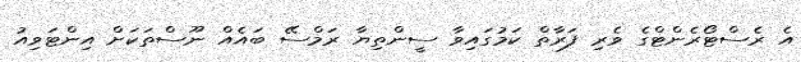
އެ ރެސްޓޯރެންޓްގެ ވެރި ފަރާތް ކަމުގައިވާ ސީންތިޔާ ރަމްސޭ ބައެއް ނޫސްތަކަށް އިންޓަވިއު